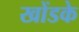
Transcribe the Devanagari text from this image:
खोंडके